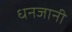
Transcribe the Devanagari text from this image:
धनजानी